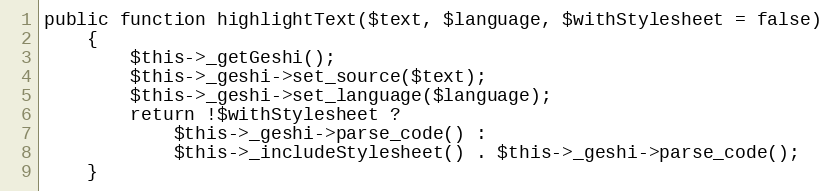
Language: PHP
public function highlightText($text, $language, $withStylesheet = false)
    {
        $this->_getGeshi();
        $this->_geshi->set_source($text);
        $this->_geshi->set_language($language);
        return !$withStylesheet ?
            $this->_geshi->parse_code() :
            $this->_includeStylesheet() . $this->_geshi->parse_code();
    }